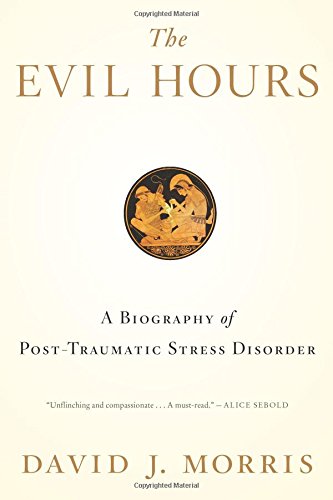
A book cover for The Evil Hours: A Biography of Post-Traumatic Stress Disorder; David J. Morris; Medical Books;